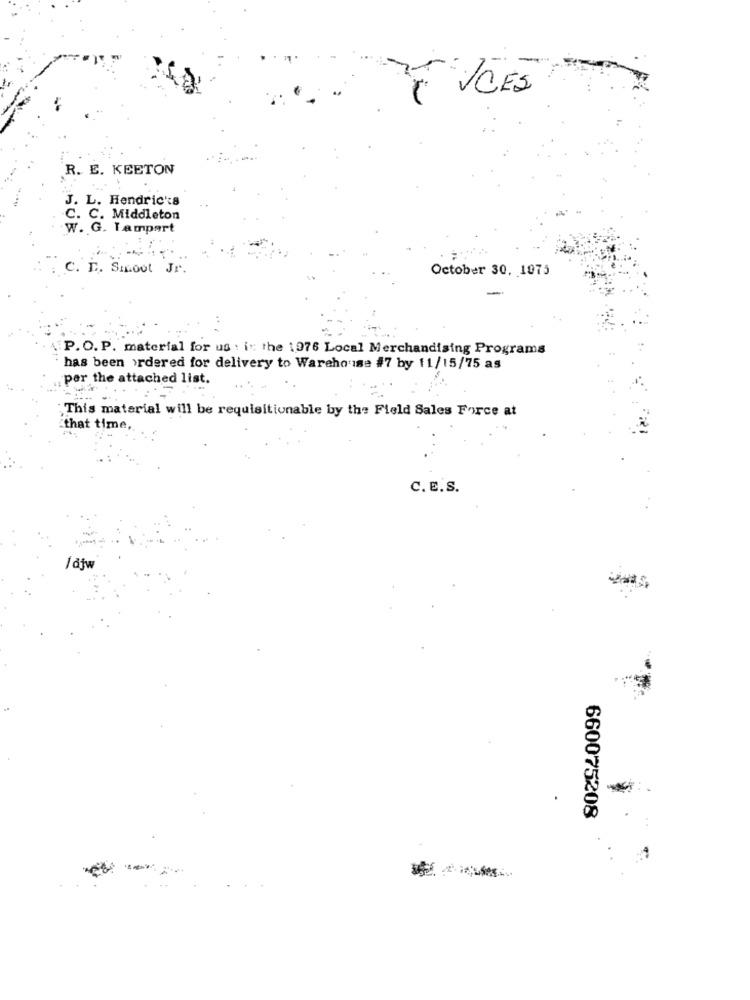
EXCES
R. E. KEETON
J. L. Hendricks
C. C. Middleton
W. G. Lampert
C. D. Smoot Jr.
October 30, 1075
P. O. P. material for us . in the 1976 Local Merchandising Programs
has been ordered for delivery to Warehouse #7 by 11/15/75 as
per the attached list.
This material will be requisitionable by the Field Sales Force at
that time,
C. E.S.
/djw
660075208